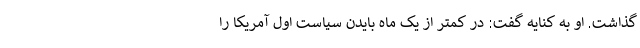
گذاشت. او به کنایه گفت: در کمتر از یک ماه بایدن سیاست اول آمریکا را